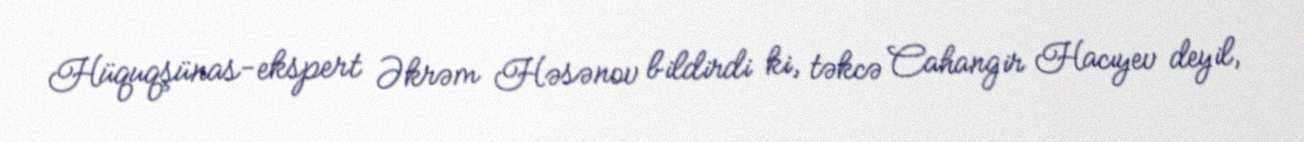
Hüquqşünas-ekspert Əkrəm Həsənov bildirdi ki, təkcə Cahangir Hacıyev deyil,